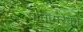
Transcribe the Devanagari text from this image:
पानामरेंको